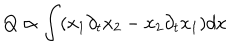
LaTeX: Q \propto \int ( x _ { 1 } \partial _ { t } x _ { 2 } - x _ { 2 } \partial _ { t } x _ { 1 } ) d x